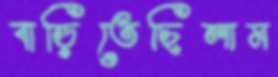
বাড়িতেছিলাম